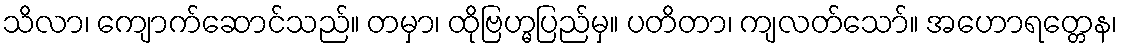
သိလာ၊ ကျောက်ဆောင်သည်။ တမှာ၊ ထိုဗြဟ္မပြည်မှ။ ပတိတာ၊ ကျလတ်သော်။ အဟောရတ္တေန၊